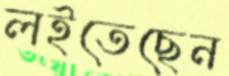
লইতেছেন